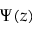
\Psi ( z )